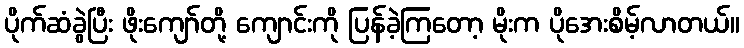
ပိုက်ဆံခွဲပြီး ဖိုးကျော်တို့ ကျောင်းကို ပြန်ခဲ့ကြတော့ မိုးက ပိုအေးစိမ့်လာတယ်။